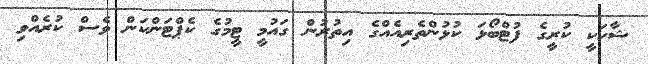
ޝާހަކީ ކުރީގެ ފުޓްބޯޅަ ކުޅުންތެރިއެއްގެ އިތުރުން ގައުމީ ޓީމުގެ ކެޕްޓަންކަން ވެސް ކުރެއްވި